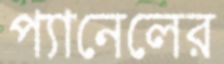
প্যানেলের